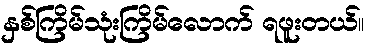
နှစ်ကြိမ်သုံးကြိမ်လောက် ရဖူးတယ်။